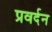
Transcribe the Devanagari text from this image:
प्रवर्दन